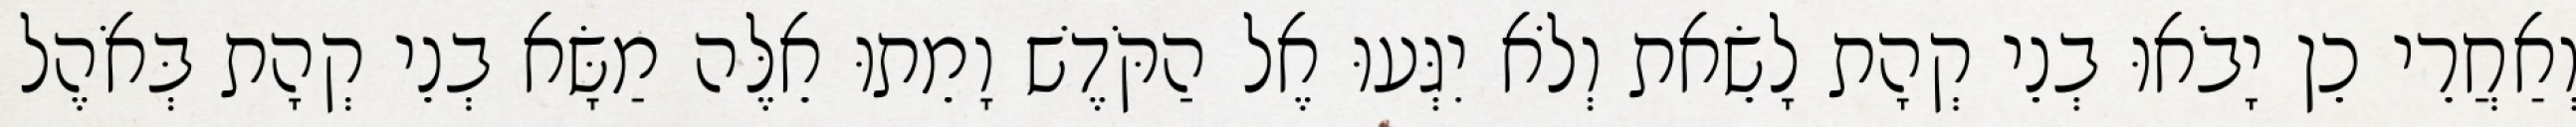
וְאַחֲרֵי כֵן יָבֹאוּ בְנֵי קְהָת לָשֵׂאת וְלֹא יִגְּעוּ אֶל הַקֹּדֶשׁ וָמֵתוּ אֵלֶּה מַשָּׂא בְנֵי קְהָת בְּאֹהֶל